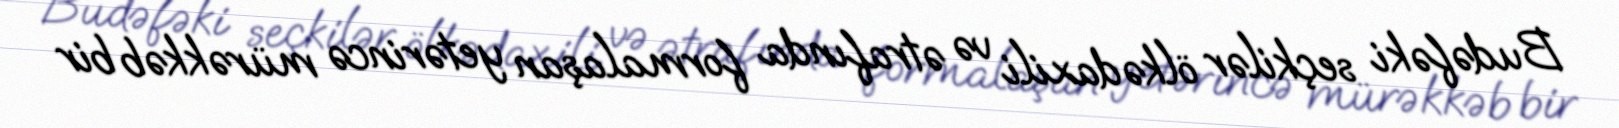
Budəfəki seçkilər ölkədaxili və ətrafında formalaşan yetərincə mürəkkəb bir